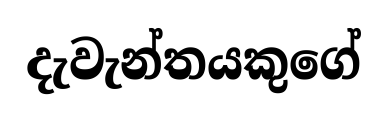
දැවැන්තයකුගේ